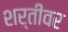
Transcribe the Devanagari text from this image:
शर्तीवर